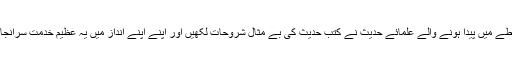
اس خطے میں پیدا ہونے والے علمائے حدیث نے کتب حدیث کی بے مثال شروحات لکھیں اور اپنے اپنے انداز میں یہ عظیم خدمت سرانجام دی۔